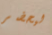
ليحضر